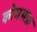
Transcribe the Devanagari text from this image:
कोमसफ़